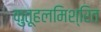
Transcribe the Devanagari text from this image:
कुतूहलमिश्रित